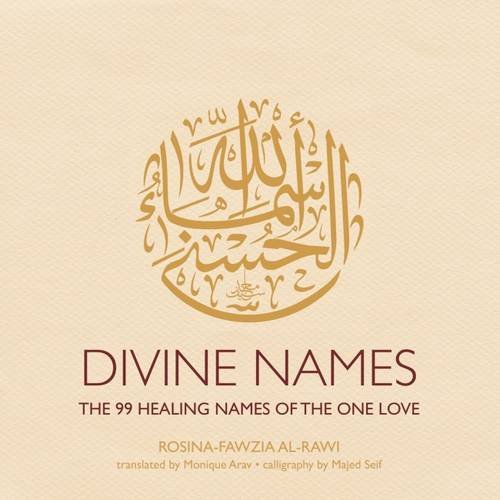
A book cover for Divine Names: The 99 Healing Names of the One Love; Rosina-Fawzia Al-Rawi; Religion & Spirituality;